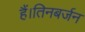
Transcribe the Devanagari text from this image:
हैं।तिनबर्जन